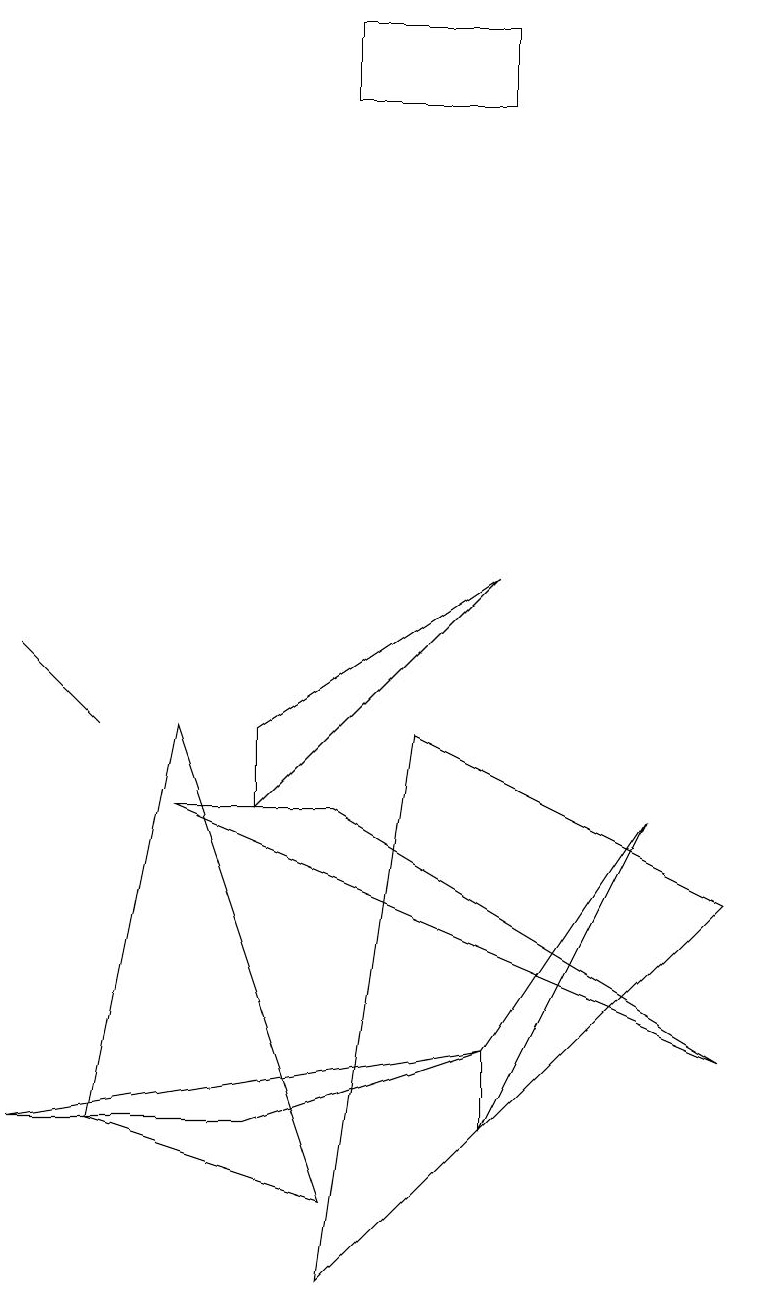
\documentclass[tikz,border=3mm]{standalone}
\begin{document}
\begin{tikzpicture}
\draw (6,15) rectangle (4,16);
\draw (9,3) -- (4,6) -- (2,6) -- cycle;
\draw (3,2) -- (0,2) -- (6,3) -- cycle;
\draw (6,2) -- (6,3) -- (8,6) -- cycle;
\draw (6,9) -- (3,6) -- (3,7) -- cycle;
\draw (1,7) -- (1,7) -- (0,8) -- cycle;
\draw (4,0) -- (9,5) -- (5,7) -- cycle;
\draw (4,1) -- (2,7) -- (1,2) -- cycle;
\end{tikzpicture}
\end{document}